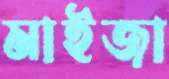
মাইজা